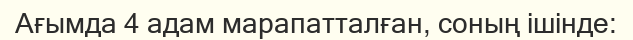
Ағымда 4 адам марапатталған, соның ішінде: